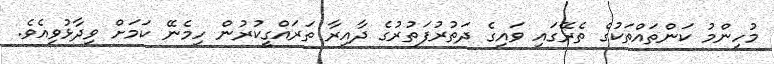
މުހިންމު ކަންތައްތަކުގެ ތެރޭގައި ވައިގެ ދަތުރުފަތުރުގެ ދާއިރާ ތަރައްގީކުރުން ހިމެނޭ ކަމަށް ވިދާޅުވިއެވެ.